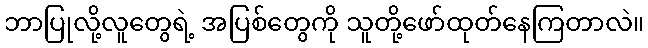
ဘာပြုလို့လူတွေရဲ့ အပြစ်တွေကို သူတို့ဖော်ထုတ်နေကြတာလဲ။